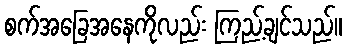
စက်အခြေအနေကိုလည်း ကြည့်ချင်သည်။